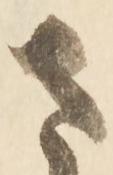
ま